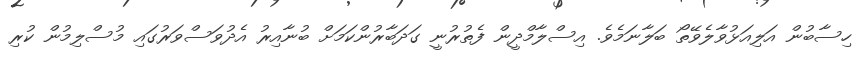
ހިސާބުން އަލިއަޅުވާލެވޭތޯ ބަލާނަމެވެ. އިސްލާމްދީން ފެތުރުނީ ގަދަބާރުންކަމަށް ބުނާއިރު އެދުވަސްވަރުގައި މުސްލިމުން ކުރި